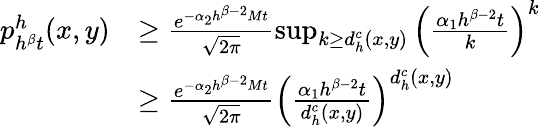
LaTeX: \begin{array}{rl}{p_{h^{\beta}t}^{h}(x,y)}&{\geq\frac{e^{-\alpha_{2}h^{\beta-2}Mt}}{\sqrt{2\pi}}\operatorname*{sup}_{k\geq d_{h}^{c}(x,y)}\left(\frac{\alpha_{1}h^{\beta-2}t}{k}\right)^{k}}\\ &{\geq\frac{e^{-\alpha_{2}h^{\beta-2}Mt}}{\sqrt{2\pi}}\left(\frac{\alpha_{1}h^{\beta-2}t}{d_{h}^{c}(x,y)}\right)^{d_{h}^{c}(x,y)}}\end{array}